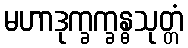
မဟာဒုက္ခက္ခန္ဓသုတ္တံ